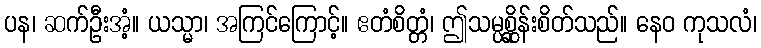
ပန၊ ဆက်ဦးအံ့။ ယသ္မာ၊ အကြင်ကြောင့်။ ဧတံစိတ္တံ၊ ဤသမ္ပစ္ဆိုန်းစိတ်သည်။ နေဝ ကုသလံ၊